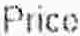
PRICE